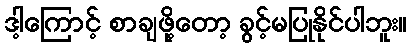
ဒါ့ကြောင့် စာချဖို့တော့ ခွင့်မပြုနိုင်ပါဘူး။